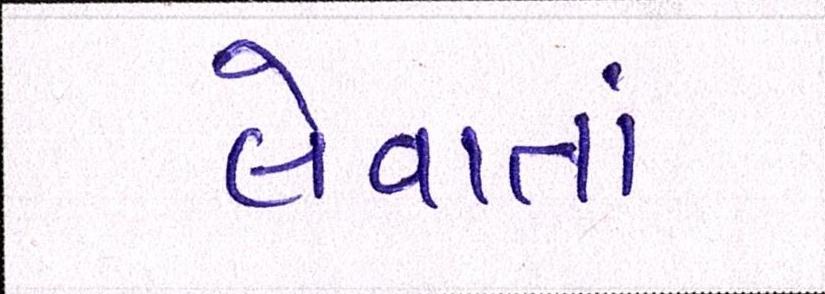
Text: લેવાતાં